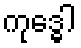
ကုဒ္ဓေါ